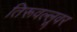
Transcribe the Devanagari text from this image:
तिरूवल्लूवर